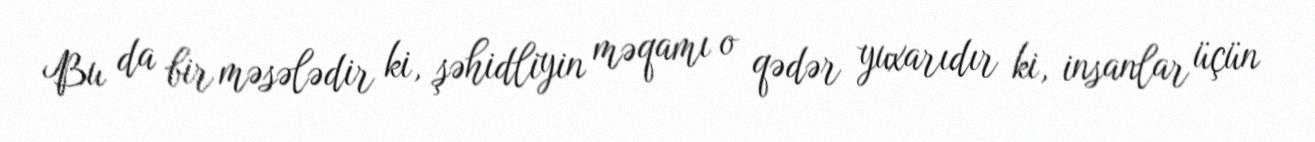
Bu da bir məsələdir ki, şəhidliyin məqamı o qədər yuxarıdır ki, insanlar üçün